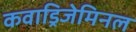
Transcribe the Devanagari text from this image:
कवाड्रिजेमिनल